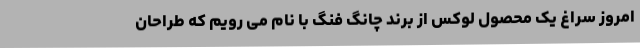
امروز سراغ یک محصول لوکس از برند چانگ فنگ با نام می رویم که طراحان